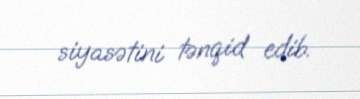
siyasətini tənqid edib.